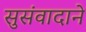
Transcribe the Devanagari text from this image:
सुसंवादाने